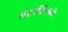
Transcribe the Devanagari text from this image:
बंदरतिलके